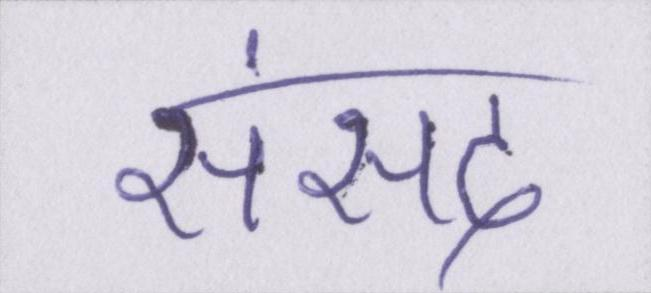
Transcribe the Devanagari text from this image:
संसद